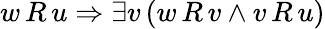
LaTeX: w\, R\, u\Rightarrow\exists v\, (w\, R\, v\land v\, R\, u)